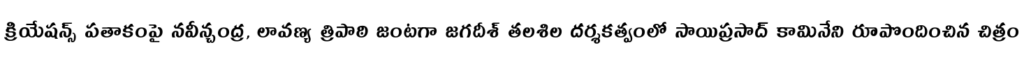
క్రియేషన్స్ పతాకంపై నవీన్చంద్ర, లావణ్య త్రిపాఠి జంటగా జగదీశ్ తలశిల దర్శకత్వంలో సాయిప్రసాద్ కామినేని రూపొందించిన చిత్రం